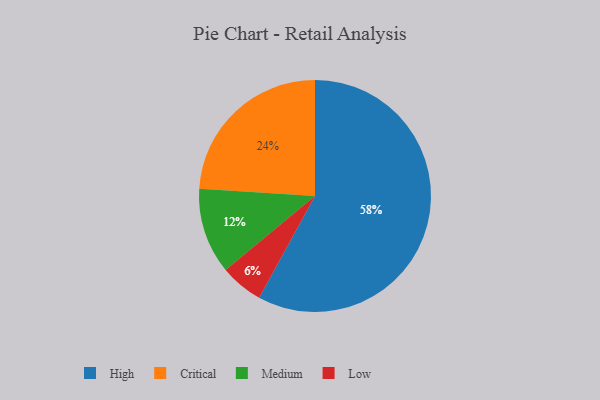
{"axis": {"x": "Category", "y": "Percentage"}, "legend": ["Critical", "High", "Low", "Medium"], "data": [{"x": "High", "y": 58, "type": "High"}, {"x": "Critical", "y": 24, "type": "Critical"}, {"x": "Medium", "y": 12, "type": "Medium"}, {"x": "Low", "y": 6, "type": "Low"}]}